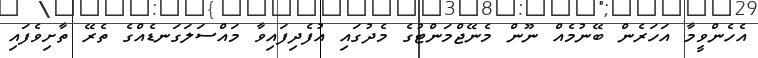
އެހެންވީމާ އަހަރެން ބޭނުމެއް ނޫން މެނޭޖްމަންޓުގެ މެދުގައި އުފެދިފައިވާ މައްސަލަގަނޑެއްގެ ތެރޭ ތާށިވެފައި